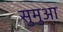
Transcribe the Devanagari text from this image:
सुमुआ